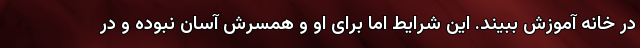
در خانه آموزش ببیند. این شرایط اما برای او و همسرش آسان نبوده و در